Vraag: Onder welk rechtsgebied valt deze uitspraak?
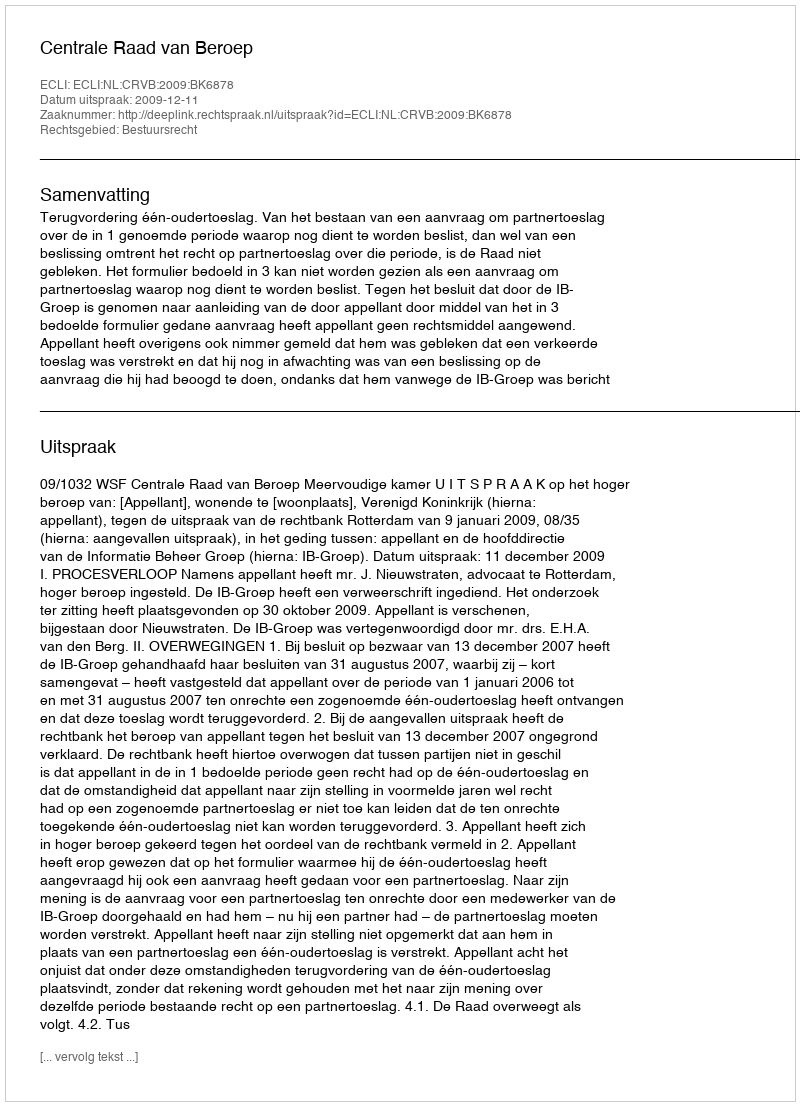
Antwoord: Bestuursrecht